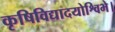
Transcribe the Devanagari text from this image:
कृषिविद्यादयोश्विभे।